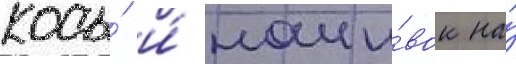
косы́ и́ наши́вок на́